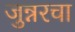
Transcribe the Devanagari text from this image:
जुन्नरचा